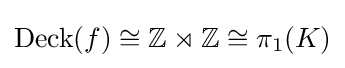
\operatorname {Deck} (f)\cong \mathbb {Z} \rtimes \mathbb {Z} \cong \pi _{1}(K)